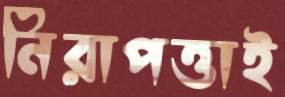
নিরাপত্তাই